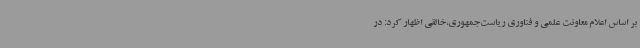
بر اساس اعلام معاونت علمی و فناوری ریاست‌جمهوری،خالقی اظهار کرد: در